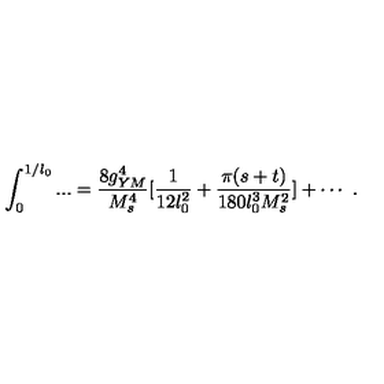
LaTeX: \int _ { 0 } ^ { 1 / l _ { 0 } } . . . = { \frac { 8 g _ { Y M } ^ { 4 } } { M _ { s } ^ { 4 } } } [ { \frac { 1 } { 1 2 l _ { 0 } ^ { 2 } } } + { \frac { \pi ( s + t ) } { 1 8 0 l _ { 0 } ^ { 3 } M _ { s } ^ { 2 } } } ] + \cdots \ .